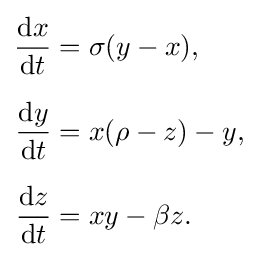
{\begin{aligned}{\frac {\mathrm {d} x}{\mathrm {d} t}}&=\sigma (y-x),\\[6pt]{\frac {\mathrm {d} y}{\mathrm {d} t}}&=x(\rho -z)-y,\\[6pt]{\frac {\mathrm {d} z}{\mathrm {d} t}}&=xy-\beta z.\end{aligned}}